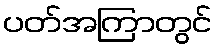
ပတ်အကြာတွင်